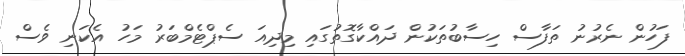
ފަހުން ނެރުނު ތަފާސް ހިސާބުތަކުން ދައްކާގޮތުގައި މިދިއަ ސެޕްޓެމްބަރު މަހު އެކަނި ވެސް